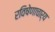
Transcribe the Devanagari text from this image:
रविषेणाचार्य